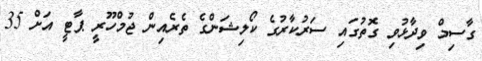
ގާސިމް ވިދާޅުވި ގޮތުގައި ސަރުކާރުގެ ކޯލިޝަންގެ ތެރެއިން ޖުމްހޫރީ ޕާޓީ އަށް 35